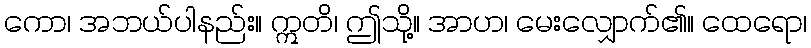
ကော၊ အဘယ်ပါနည်း။ ဣတိ၊ ဤသို့။ အာဟ၊ မေးလျှောက်၏။ ထေရော၊